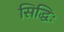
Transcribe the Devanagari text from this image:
सिद्धिः